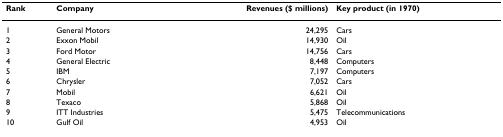
| Rank | Company | Revenues ($ millions) | Key product (in 1970) |
 | --- | --- | --- | --- |
 | 1 | General Motors | 24,295 | Cars |
 | 2 | Exxon Mobil | 14,930 | Oil |
 | 3 | Ford Motor | 14,756 | Cars |
 | 4 | General Electric | 8,448 | Computers |
 | 5 | IBM | 7,197 | Computers |
 | 6 | Chrysler | 7,052 | Cars |
 | 7 | Mobil | 6,621 | Oil |
 | 8 | Texaco | 5,868 | Oil |
 | 9 | ITT Industries | 5,475 | Telecommunications |
 | 10 | Gulf Oil | 4,953 | Oil |